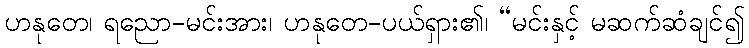
ဟနုတေ၊ ရညော-မင်းအား၊ ဟနုတေ-ပယ်ရှား၏၊ “မင်းနှင့် မဆက်ဆံချင်၍